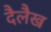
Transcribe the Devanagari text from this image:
दैलैख